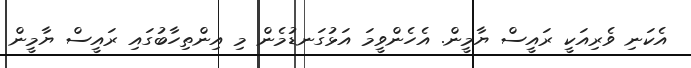
އެކަނި ވެރިއަކީ ރައީސް ޔާމީން. އެހެންވީމަ އަޅުގަނޑުމެން މި އިންތިހާބުގައި ރައީސް ޔާމީން